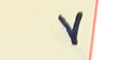
٧